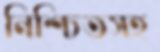
নিশ্চিতসহ